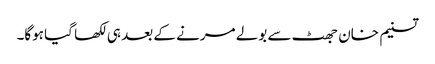
تسنیم خان جھٹ سے بولے مرنے کے بعد ہی لکھا گیا ہوگا۔